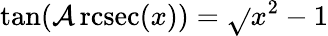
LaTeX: \tan(\operatorname{\mathcal{A}rcsec}(x))={\sqrt{}{{x^{2}-1}}}